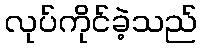
လုပ်ကိုင်ခဲ့သည်